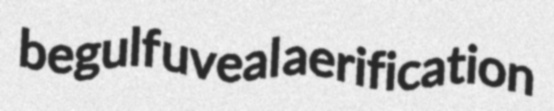
begulf uveal aerification